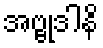
အဗ္ဗုဒါနိ